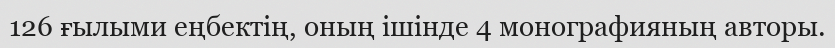
126 ғылыми еңбектің, оның ішінде 4 монографияның авторы.